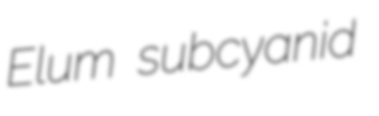
Elum subcyanid